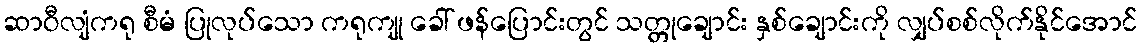
ဆာဝီလျံကရု စီမံ ပြုလုပ်သော ကရုကျု ခေါ် ဖန်ပြောင်းတွင် သတ္တုချောင်း နှစ်ချောင်းကို လျှပ်စစ်လိုက်နိုင်အောင်